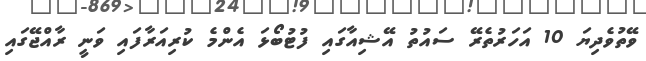
ވޭތުވެދިޔަ 10 އަހަރުތެރޭ ސައުތު އޭޝިއާގައި ފުޓުބޯޅަ އެންމެ ކުރިއަރާފައި ވަނީ ރާއްޖޭގައި